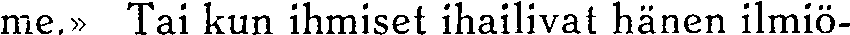
me.» Tai kun ihmiset ihailivat hänen ilmiö-